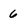
Character: 6